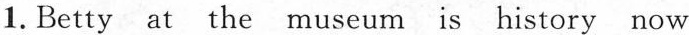
1.Betty at the museum is history now